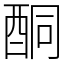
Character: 酮